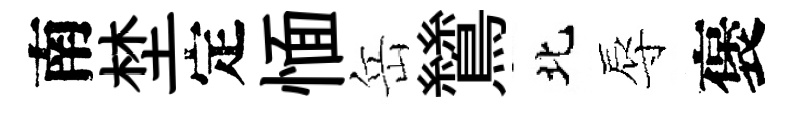
南埜定愐岳鷥北辱褒